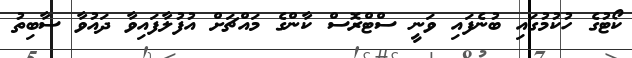
ކޯޓުގެ ހުކުމުގައި ބުނެފައި ވަނީ ސްޓްރޮސް ކާންގެ މައްޗަށް އުފުލާފައިވާ ދައުވާ ސާބިތު